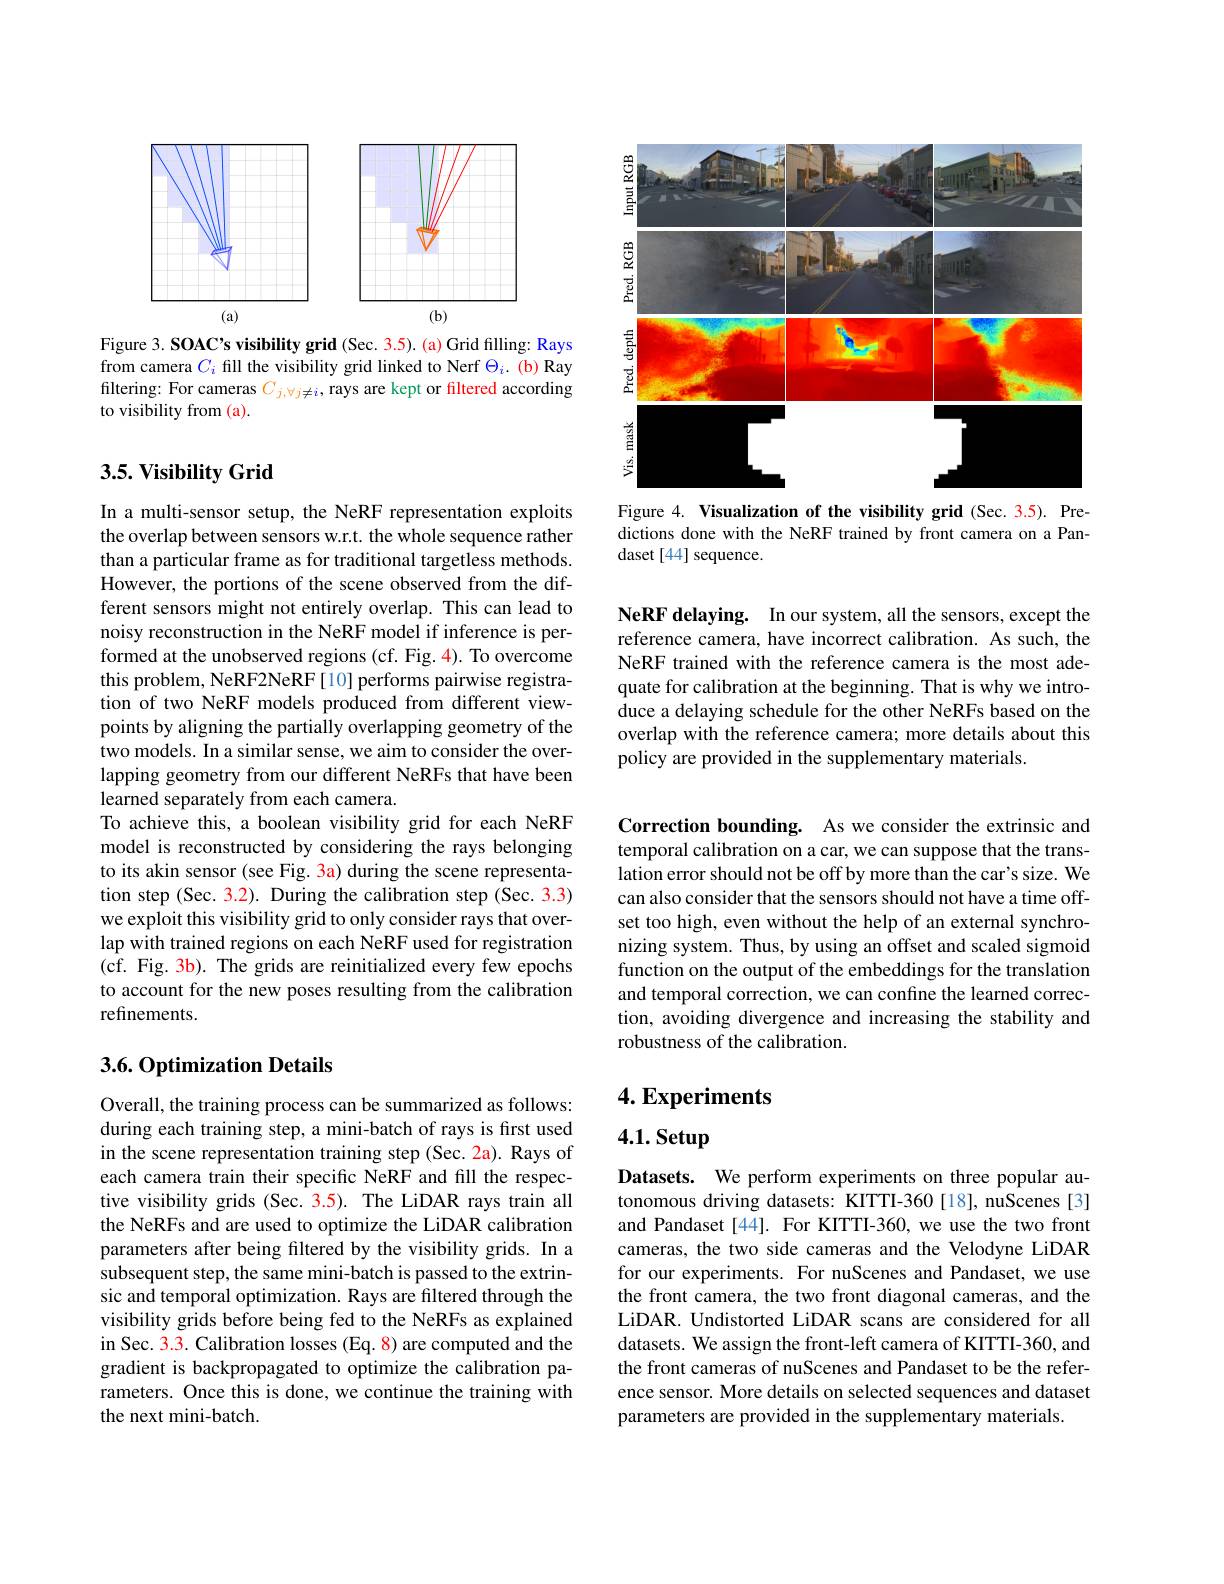
<FigureHere>

Figure 3. SOACs visibility grid (Sec. 3.5). (a) Grid filling: Rays from camera $C_i$ fill the visibility grid linked to Nerf $\Theta_i.$ (b) Ray filtering: For cameras $C_j,\forall j\neq i$, rays are kept or filtered according to visibility from (a).

### $3. 5. \textbf{Visibility Grid}$

In a multi-sensor setup, the NeRF representation exploits the overlap between sensors w.r.t. the whole sequence rather than a particular frame as for traditional targetless methods. However, the portions of the scene observed from the different sensors might not entirely overlap. This can lead to noisy reconstruction in the NeRF model if inference is performed at the unobserved regions (cf. Fig. 4). To overcome this problem, NeRF2NeRF[10] performs pairwise registration of two NeRF models produced from different viewpoints by aligning the partially overlapping geometry of the two models. In a similar sense, we aim to consider the overlapping geometry from our different NeRFs that have been learned separately from each camera.
To achieve this, a boolean visibility grid for each NeRF model is reconstructed by considering the rays belonging to its akin sensor (see Fig. 3a) during the scene representation step(Sec. 3.2). During the calibration step (Sec. 3.3) we exploit this visibility grid to only consider rays that overlap with trained regions on each NeRF used for registration (cf. Fig. 3b). The grids are reinitialized every few epochs to account for the new poses resulting from the calibration refinements.

## 3.6. Optimization Details

Overall, the training process can be summarized as follows: during each training step, a mini-batch of rays is first used in the scene representation training step (Sec. 2a). Rays of each camera train their specific NeRF and fill the respective visibility grids (Sec. 3.5). The LiDAR rays train all the NeRFs and are used to optimize the LiDAR calibration parameters after being filtered by the visibility grids. In a subsequent step, the same mini-batch is passed to the extrinsic and temporal optimization. Rays are filtered through the visibility grids before being fed to the NeRFs as explained in Sec. 3.3. Calibration losses (Eq. 8) are computed and the gradient is backpropagated to optimize the calibration parameters. Once this is done, we continue the training with the next mini-batch.

<FigureHere>
Figure 4. Visualization of the visibility grid (Sec. 3.5). Pre-

dictions done with the NeRF trained by front camera on a Pan-
daset [44] sequence.

NeRF delaying. In our system, all the sensors, except the reference camera, have incorrect calibration. As such, the NeRF trained with the reference camera is the most adequate for calibration at the beginning. That is why we introduce a delaying schedule for the other NeRFs based on the overlap with the reference camera; more details about this policy are provided in the supplementary materials.

Correction bounding. As we consider the extrinsic and temporal calibration on a car, we can suppose that the translation error should not be off by more than the car's size. We can also consider that the sensors should not have a time offset too high, even without the help of an external synchronizing system. Thus, by using an offset and scaled sigmoid function on the output of the embeddings for the translation and temporal correction, we can confine the learned correction, avoiding divergence and increasing the stability and robustness of the calibration.

# 4. Experiments

4.1. Setup

Datasets. We perform experiments on three popular autonomous driving datasets: KITTI-360[18], nuScenes[3] and Pandaset [44]. For KITTI-360, we use the two front cameras, the two side cameras and the Velodyne LiDAR for our experiments. For nuScenes and Pandaset, we use the front camera, the two front diagonal cameras, and the LiDAR. Undistorted LiDAR scans are considered for all datasets. We assign the front-left camera of KITTI-360, and the front cameras of nuScenes and Pandaset to be the reference sensor. More details on selected sequences and dataset parameters are provided in the supplementary materials.